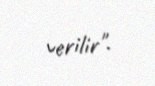
verilir".